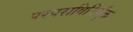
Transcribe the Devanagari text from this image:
परंपराविनिर्मुक्त